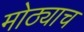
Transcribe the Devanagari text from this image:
मोठ्याच